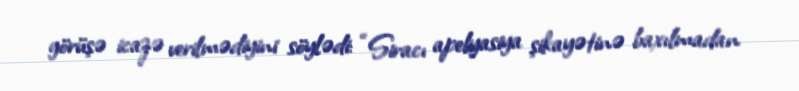
görüşə icazə verilmədiyini söylədi: “Siracı apelyasiya şikayətinə baxılmadan